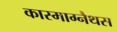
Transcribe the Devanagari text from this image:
कास्माग्नैथस